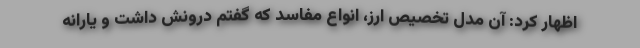
اظهار کرد: آن مدل تخصیص ارز، انواع مفاسد که گفتم درونش داشت و یارانه